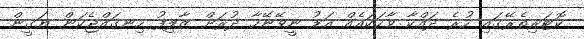
ކޮޓަރިތެރޭގައި ހުރެ ދައްކާ ވާހަކައެއް އަޑު ނީވޭނޭހާ ދުރަށް ޒާލިފު ހިނގައްޖެކަން ޔަޤީން